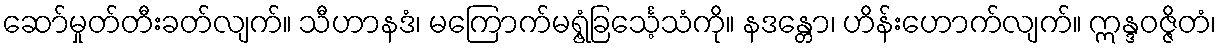
ဆော်မှုတ်တီးခတ်လျက်။ သီဟာနဒံ၊ မကြောက်မရွံ့ခြင်္သေ့သံကို။ နဒန္တော၊ ဟိန်းဟောက်လျက်။ ဣန္ဒဝဇ္ဇိတံ၊